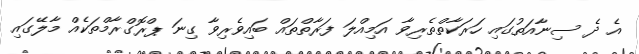
އެ ދެ ސިނާއަތުގައި ހަރަކާތްތެރިވާ އަމިއްލަ ފަރާތްތައް ބައިވެރިވާ ގިނަ ޕްރޮގްރާމްތަކެއް މާލޭގައި